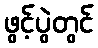
ဖွင့်ပွဲတွင်